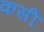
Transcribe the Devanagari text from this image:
कसीं